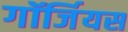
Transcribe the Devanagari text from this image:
गॉर्जियस